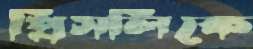
প্রিসলিকে